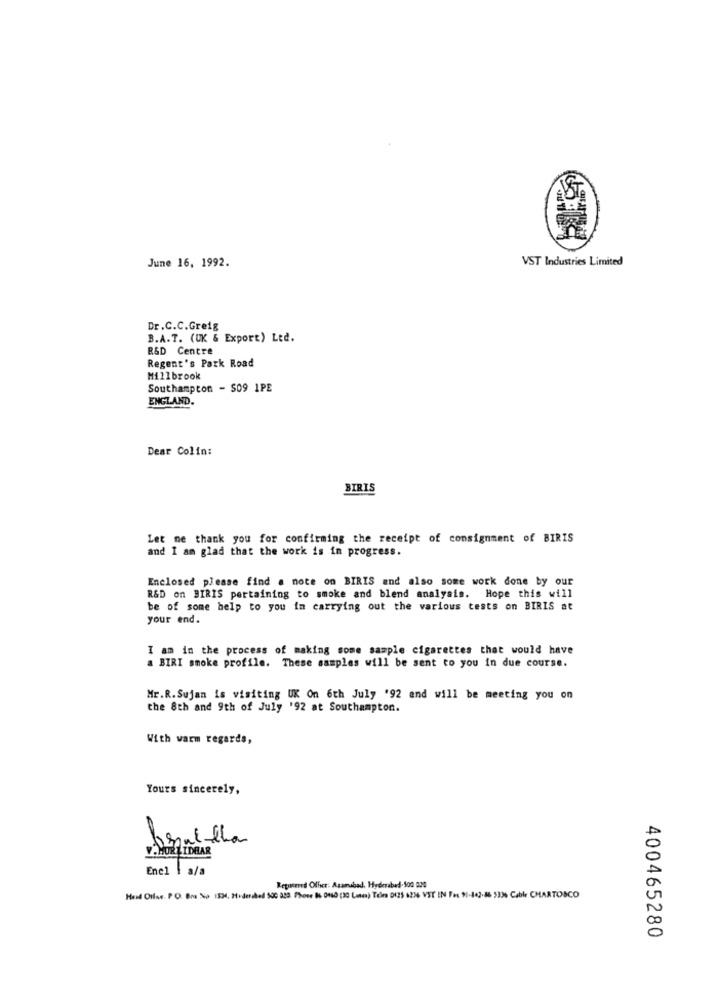
June 16, 1992.
VST Industries Limited
Dr.C.C.Greig
B.A.T. (UK & Export) Ltd.
R&D Centre
Regent's Park Road
Millbrook
Southampton - S09 1PE
ENGLAND.
Dear Colin:
BIRIS
Let me thank you for confirming the receipt of consignment of BIRIS
and I am glad that the work is in progress.
Enclosed please find a note on BIRIS and also some work done by our
R&D on BIRIS pertaining to smoke and blend analysis. Hope this will
be of some help to you in carrying out the various tests on BIRIS at
your end.
I am in the process of making some sample cigarettes that would have
a BIRI smoke profile. These samples will be sent to you in due course.
Mr.R. Sujan is visiting UK On 6th July '92 and will be meeting you on
the 8th and 9th of July '92 at Southampton.
With warm regards,
Yours sincerely,
V. MURLIDHAR
Encl | a/a
Repaired Office: Asamabad. Hyderabad. 500 020
Hend Ollae. P.O. Bra No 1534, Hideraked 500 229. Phone I6 0160 (30 Laten) Tele DI25 6236 VST IN Fes 91-442-86 5336 Cable CHARTOSCO
400465280